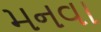
મનવા